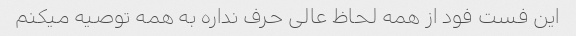
این فست فود از همه لحاظ عالی حرف نداره به همه توصیه میکنم